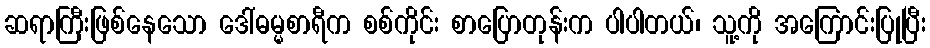
ဆရာကြီးဖြစ်နေသော ဒေါ်ဓမ္မစာရီက စစ်ကိုင်း စာပြောတုန်းက ပါပါတယ်၊ သူ့ကို အကြောင်းပြုပြီး